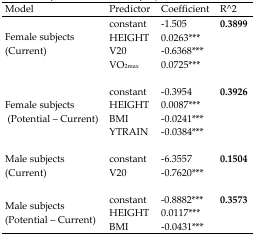
<table><thead><tr><td><b>Model</b></td><td><b>Predictor</b></td><td><b>Coefficient</b></td><td><b>R^2</b></td></tr></thead><tbody><tr><td></td><td>constant</td><td>−1.505</td><td><b>0.3899</b></td></tr><tr><td rowspan="4">Female subjects (Current)</td><td>HEIGHT</td><td>0.0263<sup>***</sup></td><td></td></tr><tr><td>V20</td><td>−0.6368<sup>***</sup></td><td></td></tr><tr><td>VO<sub>2max</sub></td><td>0.0725<sup>***</sup></td><td></td></tr><tr><td>constant</td><td>−0.3954</td><td><b>0.3926</b></td></tr><tr><td rowspan="3">Female subjects (Potential – Current)</td><td>HEIGHT</td><td>0.0087<sup>***</sup></td><td></td></tr><tr><td>BMI</td><td>−0.0241<sup>***</sup></td><td></td></tr><tr><td>YTRAIN</td><td>−0.0384<sup>***</sup></td><td></td></tr><tr><td rowspan="2">Male subjects (Current)</td><td>constant</td><td>−6.3557</td><td><b>0.1504</b></td></tr><tr><td>V20</td><td>−0.7620<sup>***</sup></td><td></td></tr><tr><td rowspan="3">Male subjects(Potential – Current)</td><td>constant</td><td>−0.8882<sup>***</sup></td><td><b>0.3573</b></td></tr><tr><td>HEIGHT</td><td>0.0117<sup>***</sup></td><td></td></tr><tr><td>BMI</td><td>−0.0431<sup>***</sup></td><td></td></tr></tbody></table>